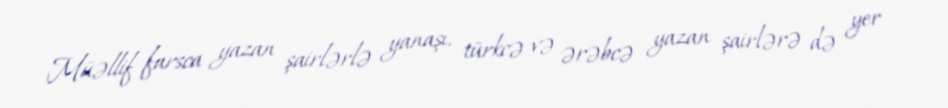
Müəllif farsca yazan şairlərlə yanaşı, türkcə və ərəbcə yazan şairlərə də yer